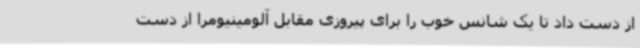
از دست داد تا یک شانس خوب را برای پیروزی مقابل آلومینیومرا از دست